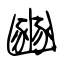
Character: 豳